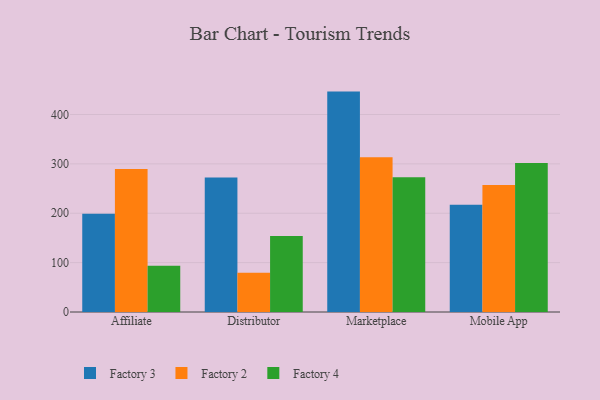
{"axis": {"x": "Channel", "y": "LTV (USD)"}, "legend": ["Factory 2", "Factory 3", "Factory 4"], "data": [{"x": "Affiliate", "y": 199.1, "type": "Factory 3"}, {"x": "Affiliate", "y": 289.7, "type": "Factory 2"}, {"x": "Affiliate", "y": 93.6, "type": "Factory 4"}, {"x": "Distributor", "y": 272.3, "type": "Factory 3"}, {"x": "Distributor", "y": 79.4, "type": "Factory 2"}, {"x": "Distributor", "y": 154.1, "type": "Factory 4"}, {"x": "Marketplace", "y": 446.4, "type": "Factory 3"}, {"x": "Marketplace", "y": 313.6, "type": "Factory 2"}, {"x": "Marketplace", "y": 273.1, "type": "Factory 4"}, {"x": "Mobile App", "y": 217.2, "type": "Factory 3"}, {"x": "Mobile App", "y": 257.1, "type": "Factory 2"}, {"x": "Mobile App", "y": 301.6, "type": "Factory 4"}]}